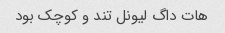
هات داگ لیونل تند و کوچک بود